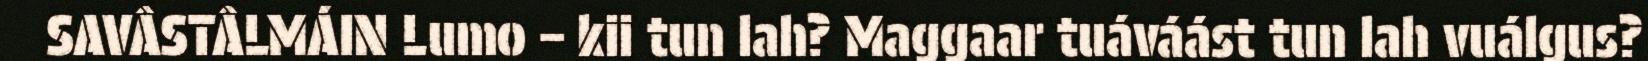
SAVÂSTÂLMÁIN Lumo – kii tun lah? Maggaar tuáváást tun lah vuálgus?